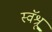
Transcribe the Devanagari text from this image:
स्वॅश्रू